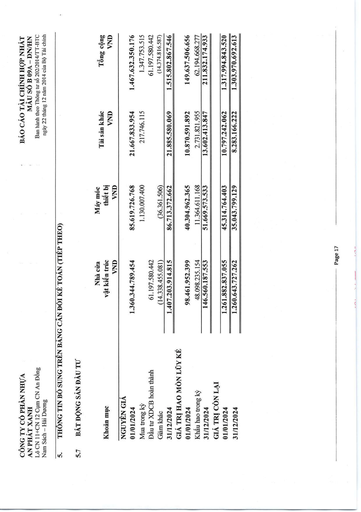
|Khoản mục|Nhà cửa vật kiến trúc VND|Máy móc thiết bị VND|Tài sản khác VND|Tổng cộng VND| |---|---|---|---|---| |NGUYÊN GIÁ||||| |01/01/2024|1.360.344.789.454|85.619.726.768|21.667.833.954|1.467.632.350.176| |Mua trong kỳ||1.130.007.400|217.746.115|1.347.753.515| |Đầu tư XDCB hoàn thành|61.197.580.442|||61.197.580.442| |Giảm khác|(14.338.455.081)|(36.361.506)||(14.374.816.587)| |31/12/2024|1.407.203.914.815|86.713.372.662|21.885.580.069|1.515.802.867.546| |GIÁ TRỊ HAO MÒN LŨY KẾ||||| |01/01/2024|98.461.952.399|40.304.962.365|10.870.591.892|149.637.506.656| |Khấu hao trong kỳ|48.098.235.154|11.364.611.168|2.731.821.955|62.194.668.277| |31/12/2024|146.560.187.553|51.669.573.533|13.602.413.847|211.832.174.933| |GIÁ TRỊ CÒN LẠI||||| |01/01/2024|1.261.882.837.055|45.314.764.403|10.797.242.062|1.317.994.843.520| |31/12/2024|1.260.643.727.262|35.043.799.129|8.283.166.222|1.303.970.692.613|